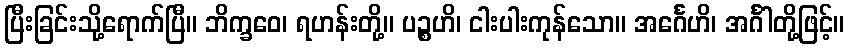
ပြီးခြင်းသို့ရောက်ပြီ။ ဘိက္ခဝေ၊ ရဟန်းတို့။ ပဉ္စဟိ၊ ငါးပါးကုန်သော။ အင်္ဂေဟိ၊ အင်္ဂါတို့ဖြင့်။